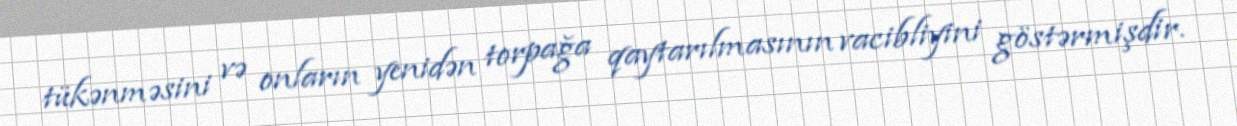
tükənməsini və onların yenidən torpağa qaytarılmasının vacibliyini göstərmişdir.